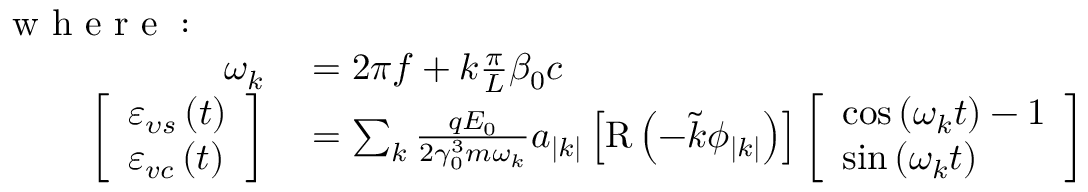
\begin{array} { r l } { \mathrm { ~ w ~ h ~ e ~ r ~ e ~ : ~ ~ ~ } ~ ~ ~ } & { { } } \\ { \omega _ { k } } & { { } = 2 \pi f + k \frac { \pi } { L } \beta _ { 0 } c } \\ { \left[ \begin{array} { l } { \varepsilon _ { \upsilon s } \left( t \right) } \\ { \varepsilon _ { v c } \left( t \right) } \end{array} \right] } & { { } = \sum _ { k } \frac { q E _ { 0 } } { 2 \gamma _ { 0 } ^ { 3 } m \omega _ { k } } a _ { \left| k \right| } \left[ \mathrm { R } \left( - \tilde { k } \phi _ { \left| k \right| } \right) \right] \left[ \begin{array} { l } { \cos \left( \omega _ { k } t \right) - 1 } \\ { \sin \left( \omega _ { k } t \right) } \end{array} \right] } \end{array}